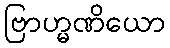
ဗြာဟ္မဏိယော